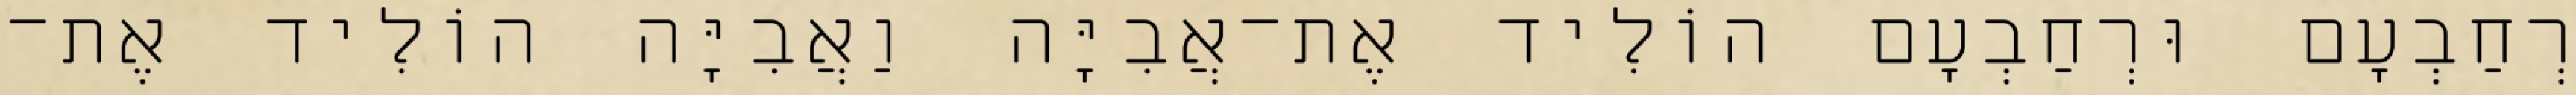
רְחַבְעָם וּרְחַבְעָם הוֹלִיד אֶת־אֲבִיָּה וַאֲבִיָּה הוֹלִיד אֶת־